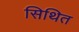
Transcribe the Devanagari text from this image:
सिथित